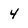
Character: 4